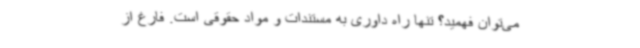
می‌توان فهمید؟ تنها راه داوری به مستندات و مواد حقوقی است. فارغ از